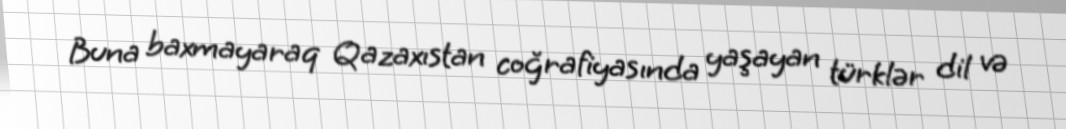
Buna baxmayaraq Qazaxıstan coğrafiyasında yaşayan türklər dil və